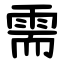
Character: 需